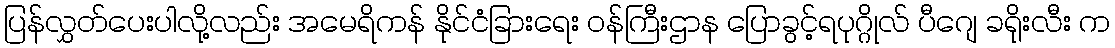
ပြန်လွှတ်ပေးပါလို့လည်း အမေရိကန် နိုင်ငံခြားရေး ဝန်ကြီးဌာန ပြောခွင့်ရပုဂ္ဂိုလ် ပီဂျေ ခရိုးလီး က